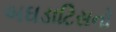
બઘડાટિસનો